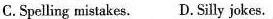
C. Spelling mistakes. D. Silly jokes.